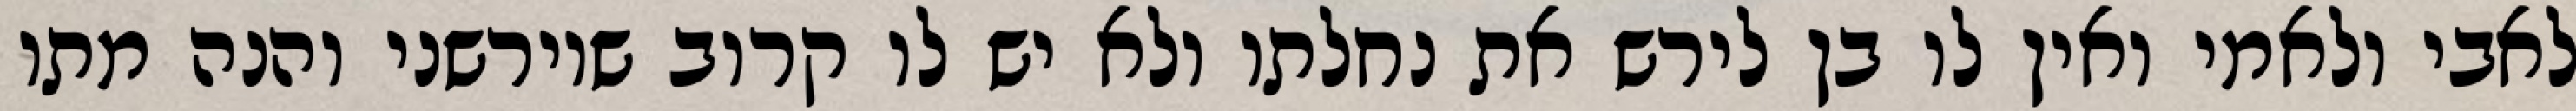
לאבי ולאמי ואין לו בן לירש את נחלתו ולא יש לו קרוב שיורשני והנה מתו